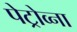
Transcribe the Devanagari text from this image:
पेट्रोव्ना